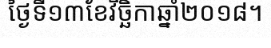
ថ្ងៃទី១៣ខែវិច្ឆិកាឆ្នាំ២០១៨។